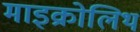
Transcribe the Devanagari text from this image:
माइक्रोलिथ